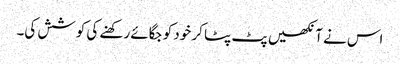
اس نے آنکھیں پٹ پٹا کر خود کو جگائے رکھنے کی کوشش کی۔